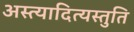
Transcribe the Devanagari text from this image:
अस्त्यादित्यस्तुति